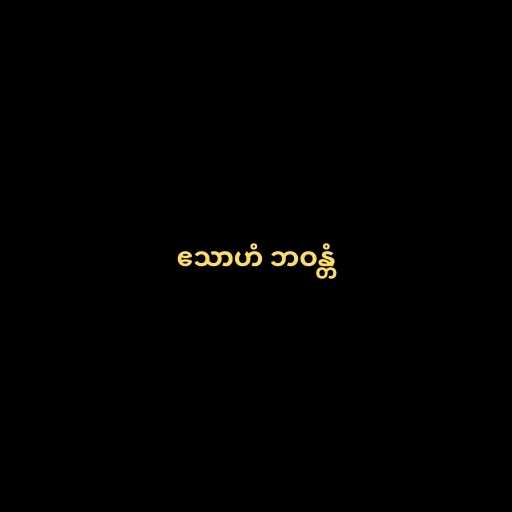
ဧသာဟံ ဘဝန္တံ